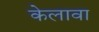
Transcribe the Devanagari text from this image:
केलावा